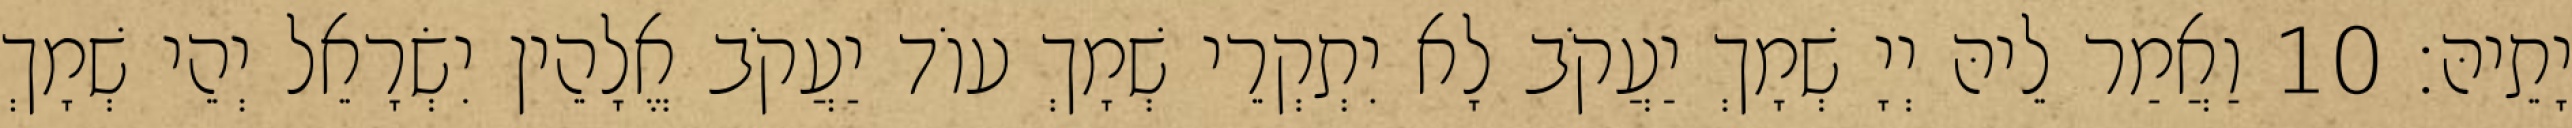
יָתֵיהּ׃ 10 וַאֲמַר לֵיהּ יְיָ שְׁמָךְ יַעֲקֹב לָא יִתְקְרֵי שְׁמָךְ עוֹד יַעֲקֹב אֱלָהֵין יִשְׂרָאֵל יְהֵי שְׁמָךְ